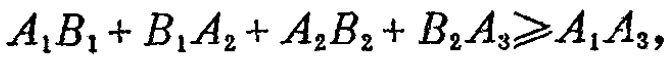
\(A_{1}B_{1}+B_{1}A_{2}+A_{2}B_{2}+B_{2}A_{3}\geqslant A_{1}A_{3}\)